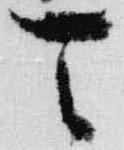
天